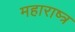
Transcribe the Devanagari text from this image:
महाराष्त्र